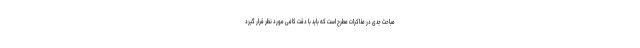
مباحث جدی در مذاکرات مطرح است که باید با دقت کافی مورد نظر قرار گیرد